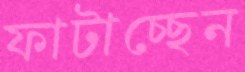
ফাটাচ্ছেন